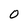
Character: O